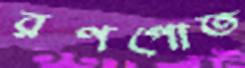
রণপোত